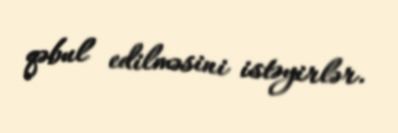
qəbul edilməsini istəyirlər.